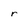
Character: r